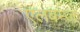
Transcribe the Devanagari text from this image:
एलबम्ज